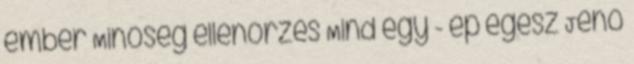
ember Minőség ellenőrzés Mind egy - ép egész Jenő